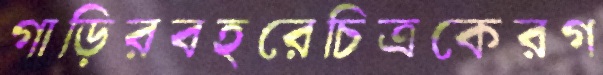
গাড়িরবহরেচিত্রকেরগ